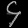
Digit: ၄